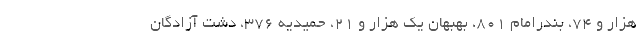
هزار و ۷۴، بندرامام ۸۰۱، بهبهان یک هزار و ۲۱، حمیدیه ۳۷۶، دشت آزادگان